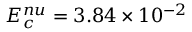
E _ { c } ^ { n u } = 3 . 8 4 \times 1 0 ^ { - 2 }